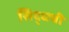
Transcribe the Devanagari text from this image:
सिद्धची